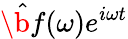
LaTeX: \hat{\b{f}}(\omega)e^{i\omega t}